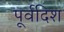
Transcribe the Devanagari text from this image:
पूर्वदिश